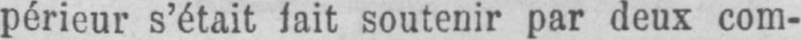
périeur s’était lait soutenir par deux com-